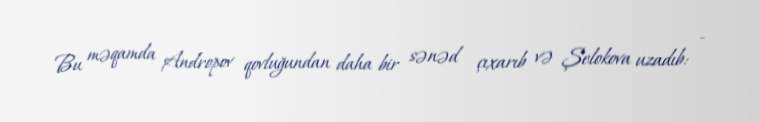
Bu məqamda Andropov qovluğundan daha bir sənəd çıxarıb və Şelokova uzadıb: -